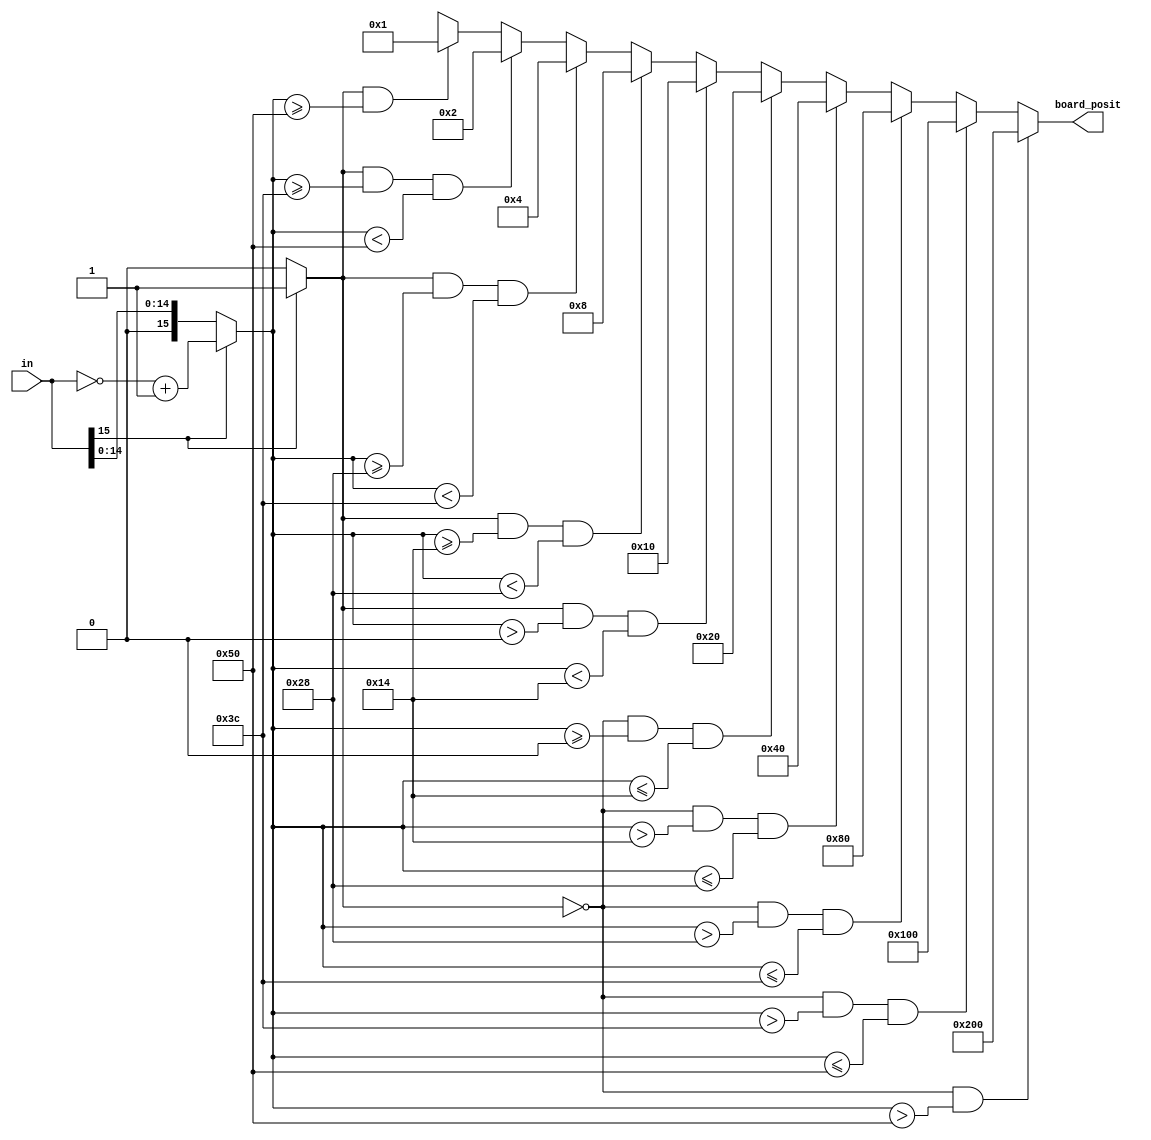
module remapper(

input [15:0] in,

//output reg [15:0] abs_in,

//output reg neg,

output reg [9:0] board_posit

);

reg [15:0] abs_in;
reg neg;

always @(*) begin

   board_posit = 10'bxx_xxxx_xxxx;
	
	if (in[15] == 1'b1) begin 
		abs_in = (~in) + 16'b0000_0000_0000_0001;
		neg = 1'b1;
	end
	else begin
		abs_in = in;
		neg = 1'b0;
	end
	
	if (neg == 1'b1 && abs_in >= 16'd00_080) begin
		board_posit = 10'b00_0000_0001;
	end
	if (neg == 1'b1 && abs_in >= 16'd00_060 && abs_in < 16'd00_080) begin
		board_posit = 10'b00_0000_0010;
	end
	if (neg == 1'b1 && abs_in >= 16'd00_040 && abs_in < 16'd00_060) begin
		board_posit = 10'b00_0000_0100;
	end
	if (neg == 1'b1 && abs_in >= 16'd00_020 && abs_in < 16'd00_040) begin
		board_posit = 10'b00_0000_1000;
	end
	if (neg == 1'b1 && abs_in > 16'd00_000 && abs_in < 16'd00_020) begin
		board_posit = 10'b00_0001_0000;
	end
	if (neg == 1'b0 && abs_in >= 16'd00_000 && abs_in <= 16'd00_020) begin
		board_posit = 10'b00_0010_0000;
	end
	if (neg == 1'b0 && abs_in > 16'd00_020 && abs_in <= 16'd00_040) begin
		board_posit = 10'b00_0100_0000;
	end
	if (neg == 1'b0 && abs_in > 16'd00_040 && abs_in <= 16'd00_060) begin
		board_posit = 10'b00_1000_0000;
	end
	if (neg == 1'b0 && abs_in > 16'd00_060 && abs_in <= 16'd00_080) begin
		board_posit = 10'b01_0000_0000;
	end
	if (neg == 1'b0 && abs_in > 16'd00_080) begin
		board_posit = 10'b10_0000_0000;
	end
	
end

endmodule